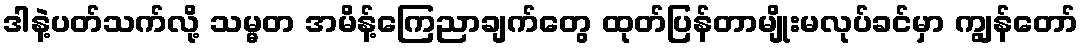
ဒါနဲ့ပတ်သက်လို့ သမ္မတ အမိန့်ကြေညာချက်တွေ ထုတ်ပြန်တာမျိုးမလုပ်ခင်မှာ ကျွန်တော်